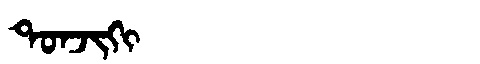
Manchu: ᡨᠣᠨᠵᡳᡴᡳ
Romanization: TONJIKI